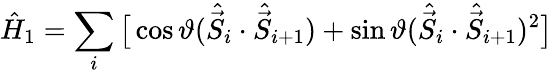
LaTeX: \hat{H}_{1}=\sum_{i}\big[\cos\vartheta(\hat{\vec{S}}_{i}\cdot\hat{\vec{S}}_{i+1})+\sin\vartheta(\hat{\vec{S}}_{i}\cdot\hat{\vec{S}}_{i+1})^{2}\big]